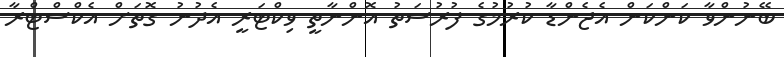
ބޭނުންވާ ކަންކަން އެޖެންޑާ ކުރުމުގެ ފުރުސަތު އޮންނާތީ ވިކްޓަރީ އެދުނު ގޮތަށް އެކްސްޓްރާ